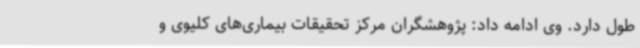
طول دارد. وی ادامه داد: پژوهشگران مرکز تحقیقات بیماری‌های کلیوی و